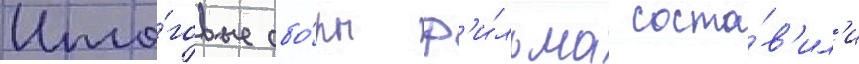
Ито́говые сбо́ры ф'и́льма соста́в'ил'и